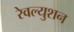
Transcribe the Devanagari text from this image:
रेवल्युशन